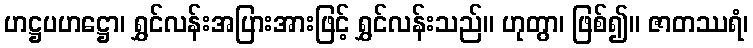
ဟဋ္ဌပဟဋ္ဌော၊ ရွှင်လန်းအပြားအားဖြင့် ရွှင်လန်းသည်။ ဟုတွာ၊ ဖြစ်၍။ ဇာတဿရံ၊